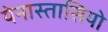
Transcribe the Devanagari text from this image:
येनास्तासियो